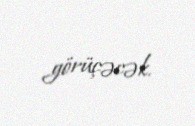
görüçəcək.